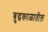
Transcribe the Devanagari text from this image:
बुद्धकाळातील